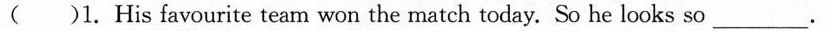
( )1. His favourite team won the match today. So he looks so ___.